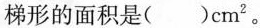
梯形的面积是()cm^{2}。